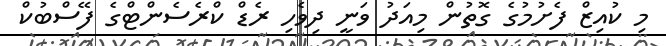
މި ކުއިޒް ފެށުމުގެ ގޮތުން މިއަދު ވަނީ ދިވެހި ރެޑް ކްރެސެންޓްގެ ފޭސްބުކް